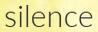
silence